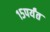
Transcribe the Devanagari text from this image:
१५पर्यंत